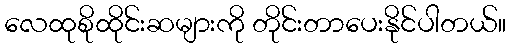
လေထုစိုထိုင်းဆများကို တိုင်းတာပေးနိုင်ပါတယ်။